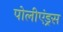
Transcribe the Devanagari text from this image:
पोलीएंड्रस